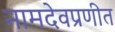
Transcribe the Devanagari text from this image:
नामदेवप्रणीत